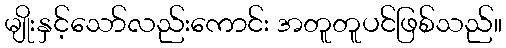
မျိုးနှင့်သော်လည်းကောင်း အတူတူပင်ဖြစ်သည်။